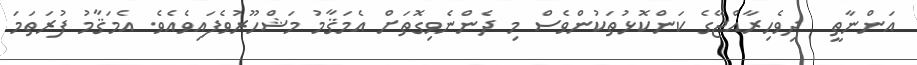
އަންނާތީ  ދިވެހިރާއްޖޭގެ ކަންކޮޅުތަކުންވެސް މި ދެންނެވިގޮތަށް އެމަޤާމު މަޝްހޫރުވެފައިވެއެވެ. އެމަޤާމު ފުރަތަމަ